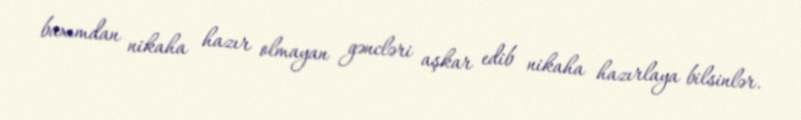
baxımdan nikaha hazır olmayan gəncləri aşkar edib nikaha hazırlaya bilsinlər.